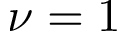
\nu = 1